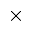
\times